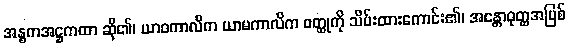
အန္ဓကအဋ္ဌကထာ ဆို၏၊ ယာဝကာလိက ယာမကာလိက ဝတ္ထုကို သိမ်းထားကောင်း၏၊ အန္တောဝုတ္ထအပြစ်